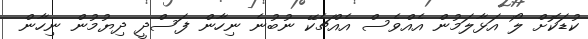
ކުޑަކޮށް ލޯ އަޅާލަމުން އެއްވެސް އެއްޗެކޭ ނުބުނެ ނިހާން ފަސްދީ ދިޔުމުން ނިހާން